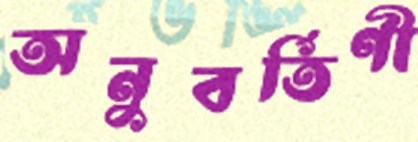
অনুবর্তিণী